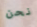
نحن